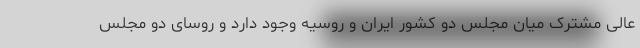
عالی مشترک میان مجلس دو کشور ایران و روسیه وجود دارد و روسای دو مجلس